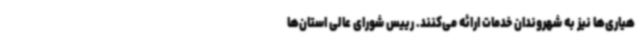
هیاری‌ها نیز به شهروندان خدمات ارائه می‌کنند. رییس شورای عالی استان‌ها